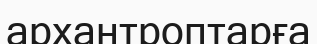
архантроптарға